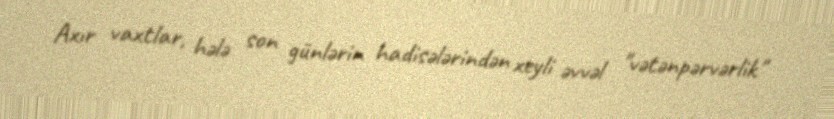
Axır vaxtlar, hələ son günlərin hadisələrindən xeyli əvvəl "vətənpərvərlik"